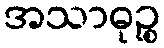
အသာဓုဉ္စ